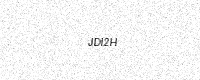
Text: JDI2H